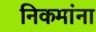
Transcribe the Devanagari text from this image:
निकमांना